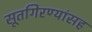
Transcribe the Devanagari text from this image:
सूतगिरण्यांसह